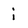
Character: i